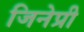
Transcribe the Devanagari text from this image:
जिनेप्री